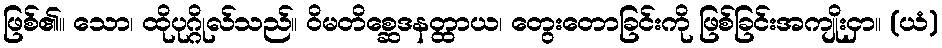
ဖြစ်၏။ သော၊ ထိုပုဂ္ဂိုလ်သည်။ ဝိမတိစ္ဆေဒနတ္ထာယ၊ တွေးတောခြင်းကို ဖြစ်ခြင်းအကျိုးငှာ။ (ယံ)